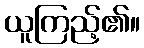
ယူကြည့်၏။